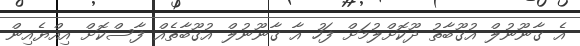
އެ ގާނޫނުލް އުގޫބާތު ދޫކޮށްލުމަށް ފަހު އާ ގާނޫނުލް އުގޫބާތެއް ފާސްކޮށް އިއްޔެއިން